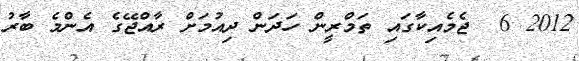
2012 6  ޖެމެއިކާގައި ތަމްރީން ހަދަން ދިއުމަށް ރާއްޖޭގެ އެންމެ ބާރު